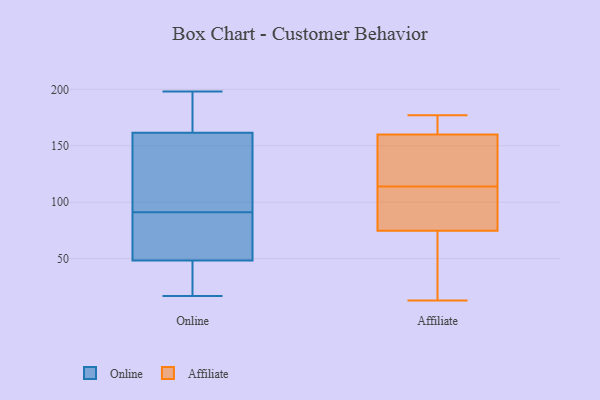
{"axis": {"x": "Headcount", "y": "Value"}, "legend": ["Affiliate", "Online"], "data": [{"x": "", "y": 18, "type": "Online"}, {"x": "", "y": 182, "type": "Online"}, {"x": "", "y": 198, "type": "Online"}, {"x": "", "y": 126, "type": "Online"}, {"x": "", "y": 178, "type": "Online"}, {"x": "", "y": 55, "type": "Online"}, {"x": "", "y": 156, "type": "Online"}, {"x": "", "y": 85, "type": "Online"}, {"x": "", "y": 28, "type": "Online"}, {"x": "", "y": 17, "type": "Online"}, {"x": "", "y": 84, "type": "Online"}, {"x": "", "y": 155, "type": "Online"}, {"x": "", "y": 91, "type": "Online"}, {"x": "", "y": 108, "type": "Affiliate"}, {"x": "", "y": 167, "type": "Affiliate"}, {"x": "", "y": 86, "type": "Affiliate"}, {"x": "", "y": 114, "type": "Affiliate"}, {"x": "", "y": 141, "type": "Affiliate"}, {"x": "", "y": 177, "type": "Affiliate"}, {"x": "", "y": 71, "type": "Affiliate"}, {"x": "", "y": 28, "type": "Affiliate"}, {"x": "", "y": 135, "type": "Affiliate"}, {"x": "", "y": 160, "type": "Affiliate"}, {"x": "", "y": 165, "type": "Affiliate"}, {"x": "", "y": 60, "type": "Affiliate"}, {"x": "", "y": 137, "type": "Affiliate"}, {"x": "", "y": 89, "type": "Affiliate"}, {"x": "", "y": 160, "type": "Affiliate"}, {"x": "", "y": 64, "type": "Affiliate"}, {"x": "", "y": 13, "type": "Affiliate"}, {"x": "", "y": 170, "type": "Affiliate"}, {"x": "", "y": 114, "type": "Affiliate"}]}